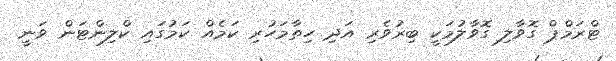
ޓްރަމްޕް ގޮވާލި ގޮވާލުމަކީ ބިރުވެރި އަދި ހިތާމަހުރި ކަމެއް ކަމުގައި ކްލިންޓަން ވަނީ